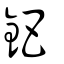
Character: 鈀